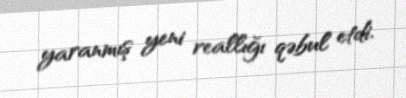
yaranmış yeni reallığı qəbul etdi.